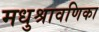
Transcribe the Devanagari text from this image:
मधुश्रावणिका